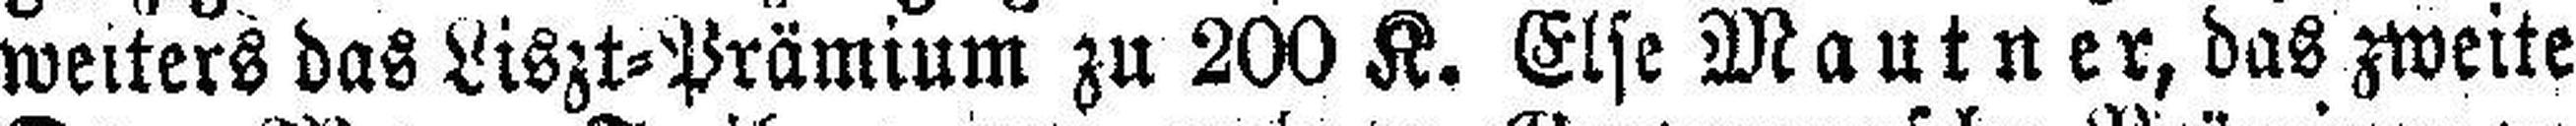
weiters das Liszt=Prämium zu 200 K. Else Mautner, das zweite